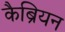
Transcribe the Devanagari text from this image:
कैब्रियन